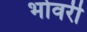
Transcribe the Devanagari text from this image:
भोवरी